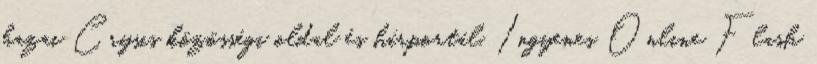
hazai Crysis közösségi oldal és hírportál. Ingyenes Online Flash